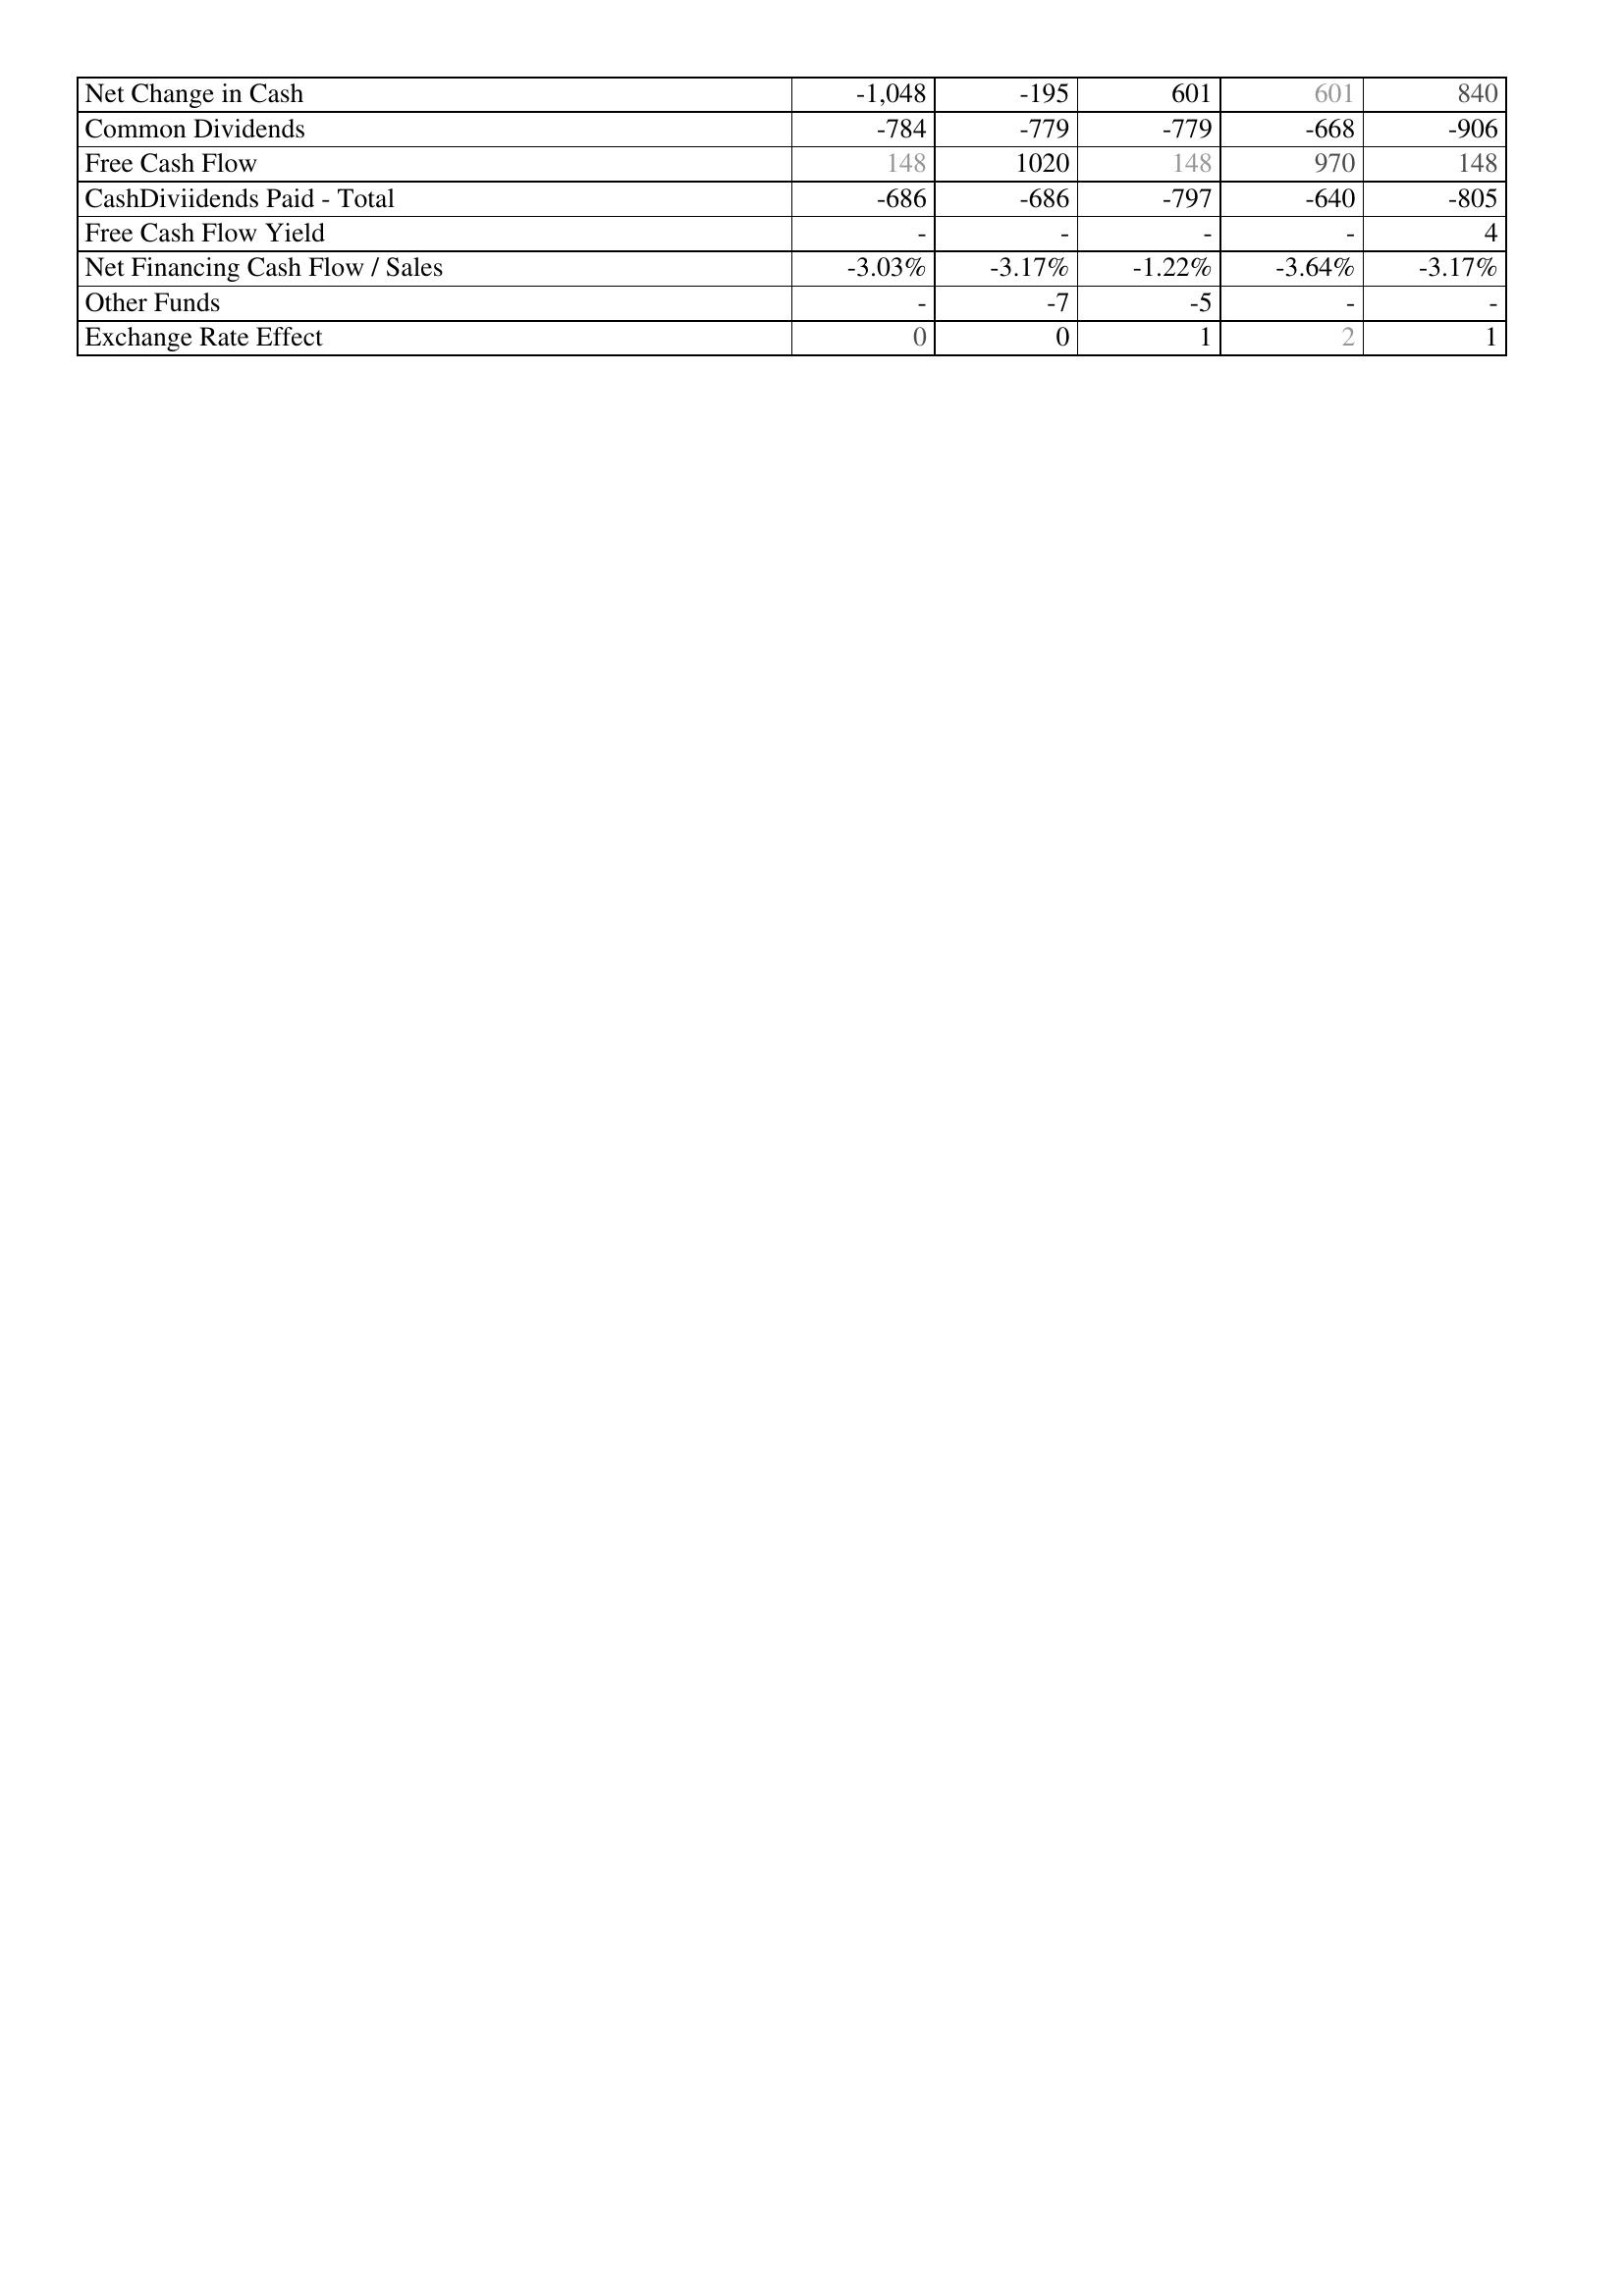
2005: Financing Activities: Net Change in Cash: -1,048
Common Dividends: -784
Free Cash Flow: 148
CashDiviidends Paid - Total: -686
Free Cash Flow Yield: -
Net Financing Cash Flow / Sales: -3.03%
Other Funds: -
Exchange Rate Effect: 0
2004: Financing Activities: Net Change in Cash: -195
Common Dividends: -779
Free Cash Flow: 1020
CashDiviidends Paid - Total: -686
Free Cash Flow Yield: -
Net Financing Cash Flow / Sales: -3.17%
Other Funds: -7
Exchange Rate Effect: 0
2003: Financing Activities: Net Change in Cash: 601
Common Dividends: -779
Free Cash Flow: 148
CashDiviidends Paid - Total: -797
Free Cash Flow Yield: -
Net Financing Cash Flow / Sales: -1.22%
Other Funds: -5
Exchange Rate Effect: 1
2002: Financing Activities: Net Change in Cash: 601
Common Dividends: -668
Free Cash Flow: 970
CashDiviidends Paid - Total: -640
Free Cash Flow Yield: -
Net Financing Cash Flow / Sales: -3.64%
Other Funds: -
Exchange Rate Effect: 2
2001: Financing Activities: Net Change in Cash: 840
Common Dividends: -906
Free Cash Flow: 148
CashDiviidends Paid - Total: -805
Free Cash Flow Yield: 4
Net Financing Cash Flow / Sales: -3.17%
Other Funds: -
Exchange Rate Effect: 1